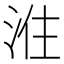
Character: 𭰠